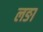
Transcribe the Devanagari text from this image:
लङा